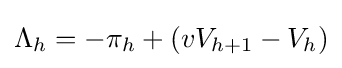
\Lambda _{h}=-\pi _{h}+(vV_{h+1}-V_{h})